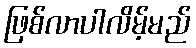
ဖြစ်လာပါလိမ့်မည်